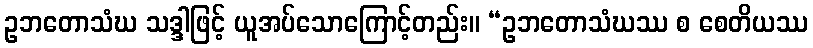
ဥဘတောသံဃ သဒ္ဒါဖြင့် ယူအပ်သောကြောင့်တည်း။ “ဥဘတောသံဃဿ စ စေတိယဿ